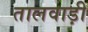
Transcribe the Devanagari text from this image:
तालवाड़ी